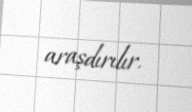
araşdırılır.